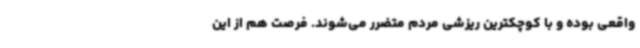
واقعی بوده و با کوچکترین ریزشی مردم متضرر می‌شوند. فرصت هم از این